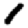
Digit: 1